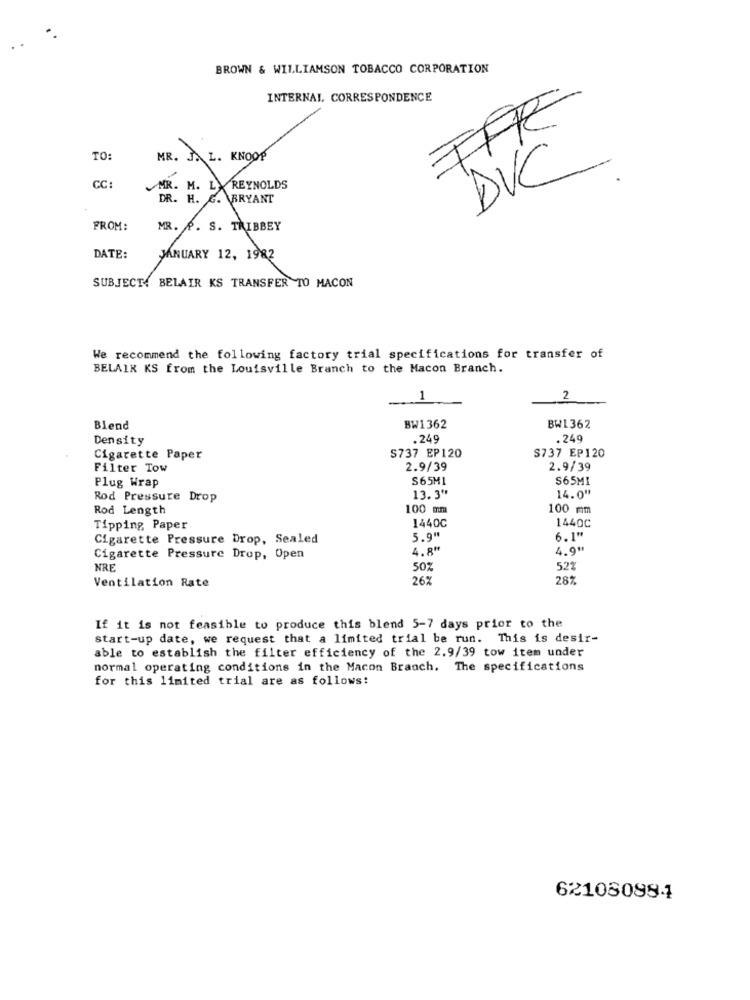
BROWN & WILLIAMSON TOBACCO CORPORATION
INTERNAL. CORRESPONDENCE
IFR
TO:
MR. J.L. KNOOP
CC:
MR. M. L. REYNOLDS
DVC
DR. H. G. BRYANT
FROM:
MR. P. S. TRIBBEY
DATE:
JANUARY 12, 1982
SUBJECT. BELAIR KS TRANSFER TO MACON
We recommend the following factory trial specifications for transfer of
BELAIK KS from the Louisville Branch to the Macon Branch.
1
2
Blend
BW1362
BW1362
Density
.249
. 249
Cigarette Paper
S737 EP120
S737 EP120
Filter Tow
2.9/39
2.9/39
Plug Wrap
S65M1
S65MI
Rod Pressure Drop
13.3"*
14.0"
Rod Length
100 mm
100 mm
Tipping Paper
1440C
1440C
Cigarette Pressure Drop, Sealed
5.9"
6.1"
4. 8"
4.9#
Cigarette Pressure Drop, Open
NRE
50%
52%
Ventilation Rate
26%
287
If it is not feasible to produce this blend 5-7 days prior to the
start-up date, we request that a limited trial be run. This is desir-
able to establish the filter efficiency of the 2.9/39 tow item under
normal operating conditions in the Macon Branch. The specifications
for this limited trial are as follows:
621080984